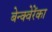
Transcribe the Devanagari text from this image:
बेन्क्वेरेंका